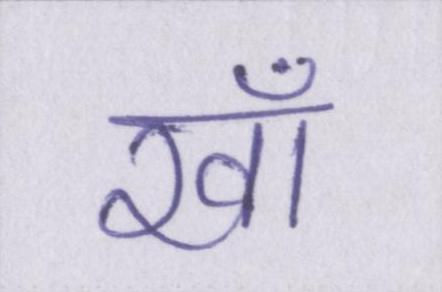
खाँ